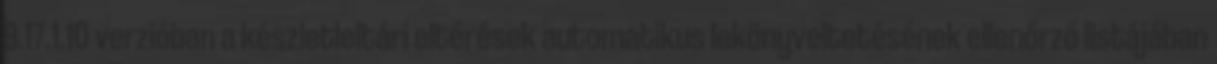
9.17.1.10 verzióban a készletleltári eltérések automatikus lekönyveltetésének ellenőrző listájában